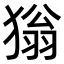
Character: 㺋